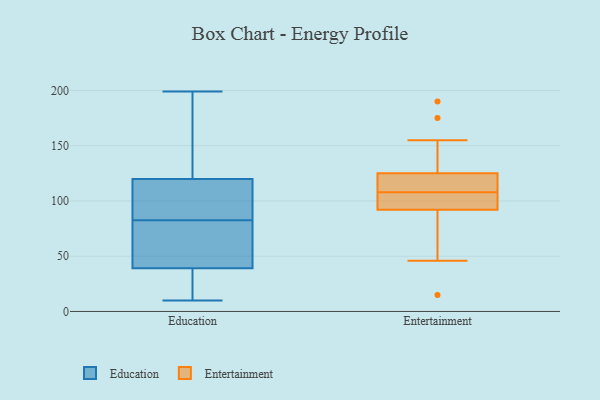
{"axis": {"x": "Page Views", "y": "Value"}, "legend": ["Education", "Entertainment"], "data": [{"x": "", "y": 73, "type": "Education"}, {"x": "", "y": 107, "type": "Education"}, {"x": "", "y": 199, "type": "Education"}, {"x": "", "y": 22, "type": "Education"}, {"x": "", "y": 11, "type": "Education"}, {"x": "", "y": 141, "type": "Education"}, {"x": "", "y": 17, "type": "Education"}, {"x": "", "y": 85, "type": "Education"}, {"x": "", "y": 172, "type": "Education"}, {"x": "", "y": 78, "type": "Education"}, {"x": "", "y": 194, "type": "Education"}, {"x": "", "y": 63, "type": "Education"}, {"x": "", "y": 110, "type": "Education"}, {"x": "", "y": 83, "type": "Education"}, {"x": "", "y": 10, "type": "Education"}, {"x": "", "y": 39, "type": "Education"}, {"x": "", "y": 120, "type": "Education"}, {"x": "", "y": 82, "type": "Education"}, {"x": "", "y": 118, "type": "Entertainment"}, {"x": "", "y": 175, "type": "Entertainment"}, {"x": "", "y": 87, "type": "Entertainment"}, {"x": "", "y": 46, "type": "Entertainment"}, {"x": "", "y": 106, "type": "Entertainment"}, {"x": "", "y": 128, "type": "Entertainment"}, {"x": "", "y": 114, "type": "Entertainment"}, {"x": "", "y": 100, "type": "Entertainment"}, {"x": "", "y": 97, "type": "Entertainment"}, {"x": "", "y": 67, "type": "Entertainment"}, {"x": "", "y": 190, "type": "Entertainment"}, {"x": "", "y": 103, "type": "Entertainment"}, {"x": "", "y": 15, "type": "Entertainment"}, {"x": "", "y": 110, "type": "Entertainment"}, {"x": "", "y": 122, "type": "Entertainment"}, {"x": "", "y": 155, "type": "Entertainment"}]}